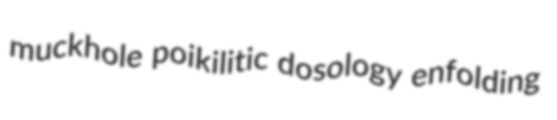
muckhole poikilitic dosology enfolding